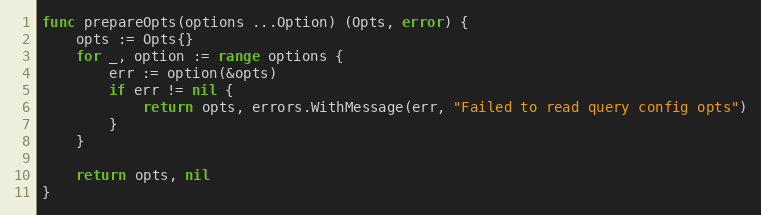
Language: Go
func prepareOpts(options ...Option) (Opts, error) {
	opts := Opts{}
	for _, option := range options {
		err := option(&opts)
		if err != nil {
			return opts, errors.WithMessage(err, "Failed to read query config opts")
		}
	}

	return opts, nil
}